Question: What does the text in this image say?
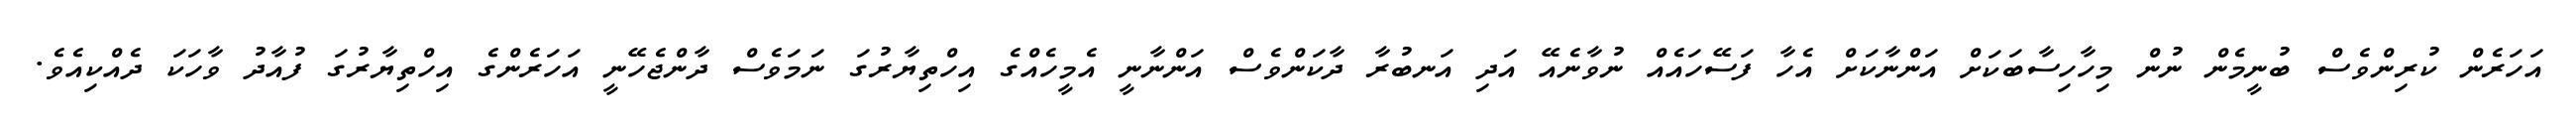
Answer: އަހަރެން ކުރިންވެސް ބުނީމެން ނުން މިހާހިސާބަކަށް އަންނާކަށް އެހާ ފަސޭހައެއް ނުވާނެއޭ އަދި އަނބުރާ ދާކަންވެސް އަންނާނީ އެމީހެއްގެ އިހްތިޔާރުގަ ނަމަވެސް ދާންޖެހޭނީ އަހަރެންގެ އިހްތިޔާރުގަ ފުއާދު ވާހަކަ ދެއްކިއެވެ.